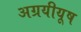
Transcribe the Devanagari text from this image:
अग्रयीयूष